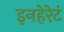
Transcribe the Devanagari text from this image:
इनहेरेटं